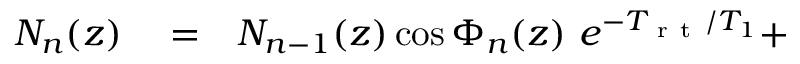
\begin{array} { r l r } { N _ { n } ( z ) } & { { } = } & { N _ { n - 1 } ( z ) \cos \Phi _ { n } ( z ) \ e ^ { - T _ { \mathrm { ~ r ~ t ~ } } / T _ { 1 } } + } \end{array}